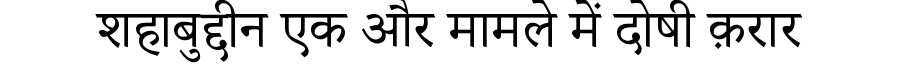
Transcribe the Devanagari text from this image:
शहाबुद्दीन एक और मामले में दोषी क़रार